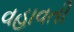
વહાવતી